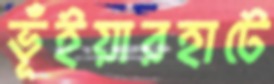
ভূঁইয়ারহাটে